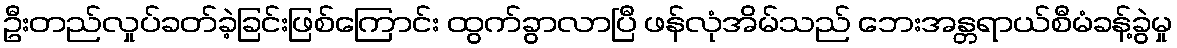
ဦးတည်လှုပ်ခတ်ခဲ့ခြင်းဖြစ်ကြောင်း ထွက်ခွာလာပြီ ဖန်လုံအိမ်သည် ဘေးအန္တရာယ်စီမံခန့်ခွဲမှု